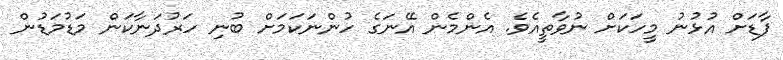
ފާޑަށް އުޅުނު މީހަކަށް ނުވާތީއެވެ. އެންމެން އޭނަގެ ހުންނަކަމަށް ބުނި ހަރުދަނާކަން މަޑުމަޑުން